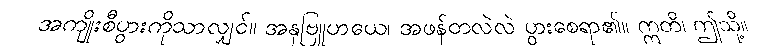
အကျိုးစီပွားကိုသာလျှင်။ အနုဗြူဟယေ၊ အဖန်တလဲလဲ ပွားစေရာ၏။ ဣတိ၊ ဤသို့။